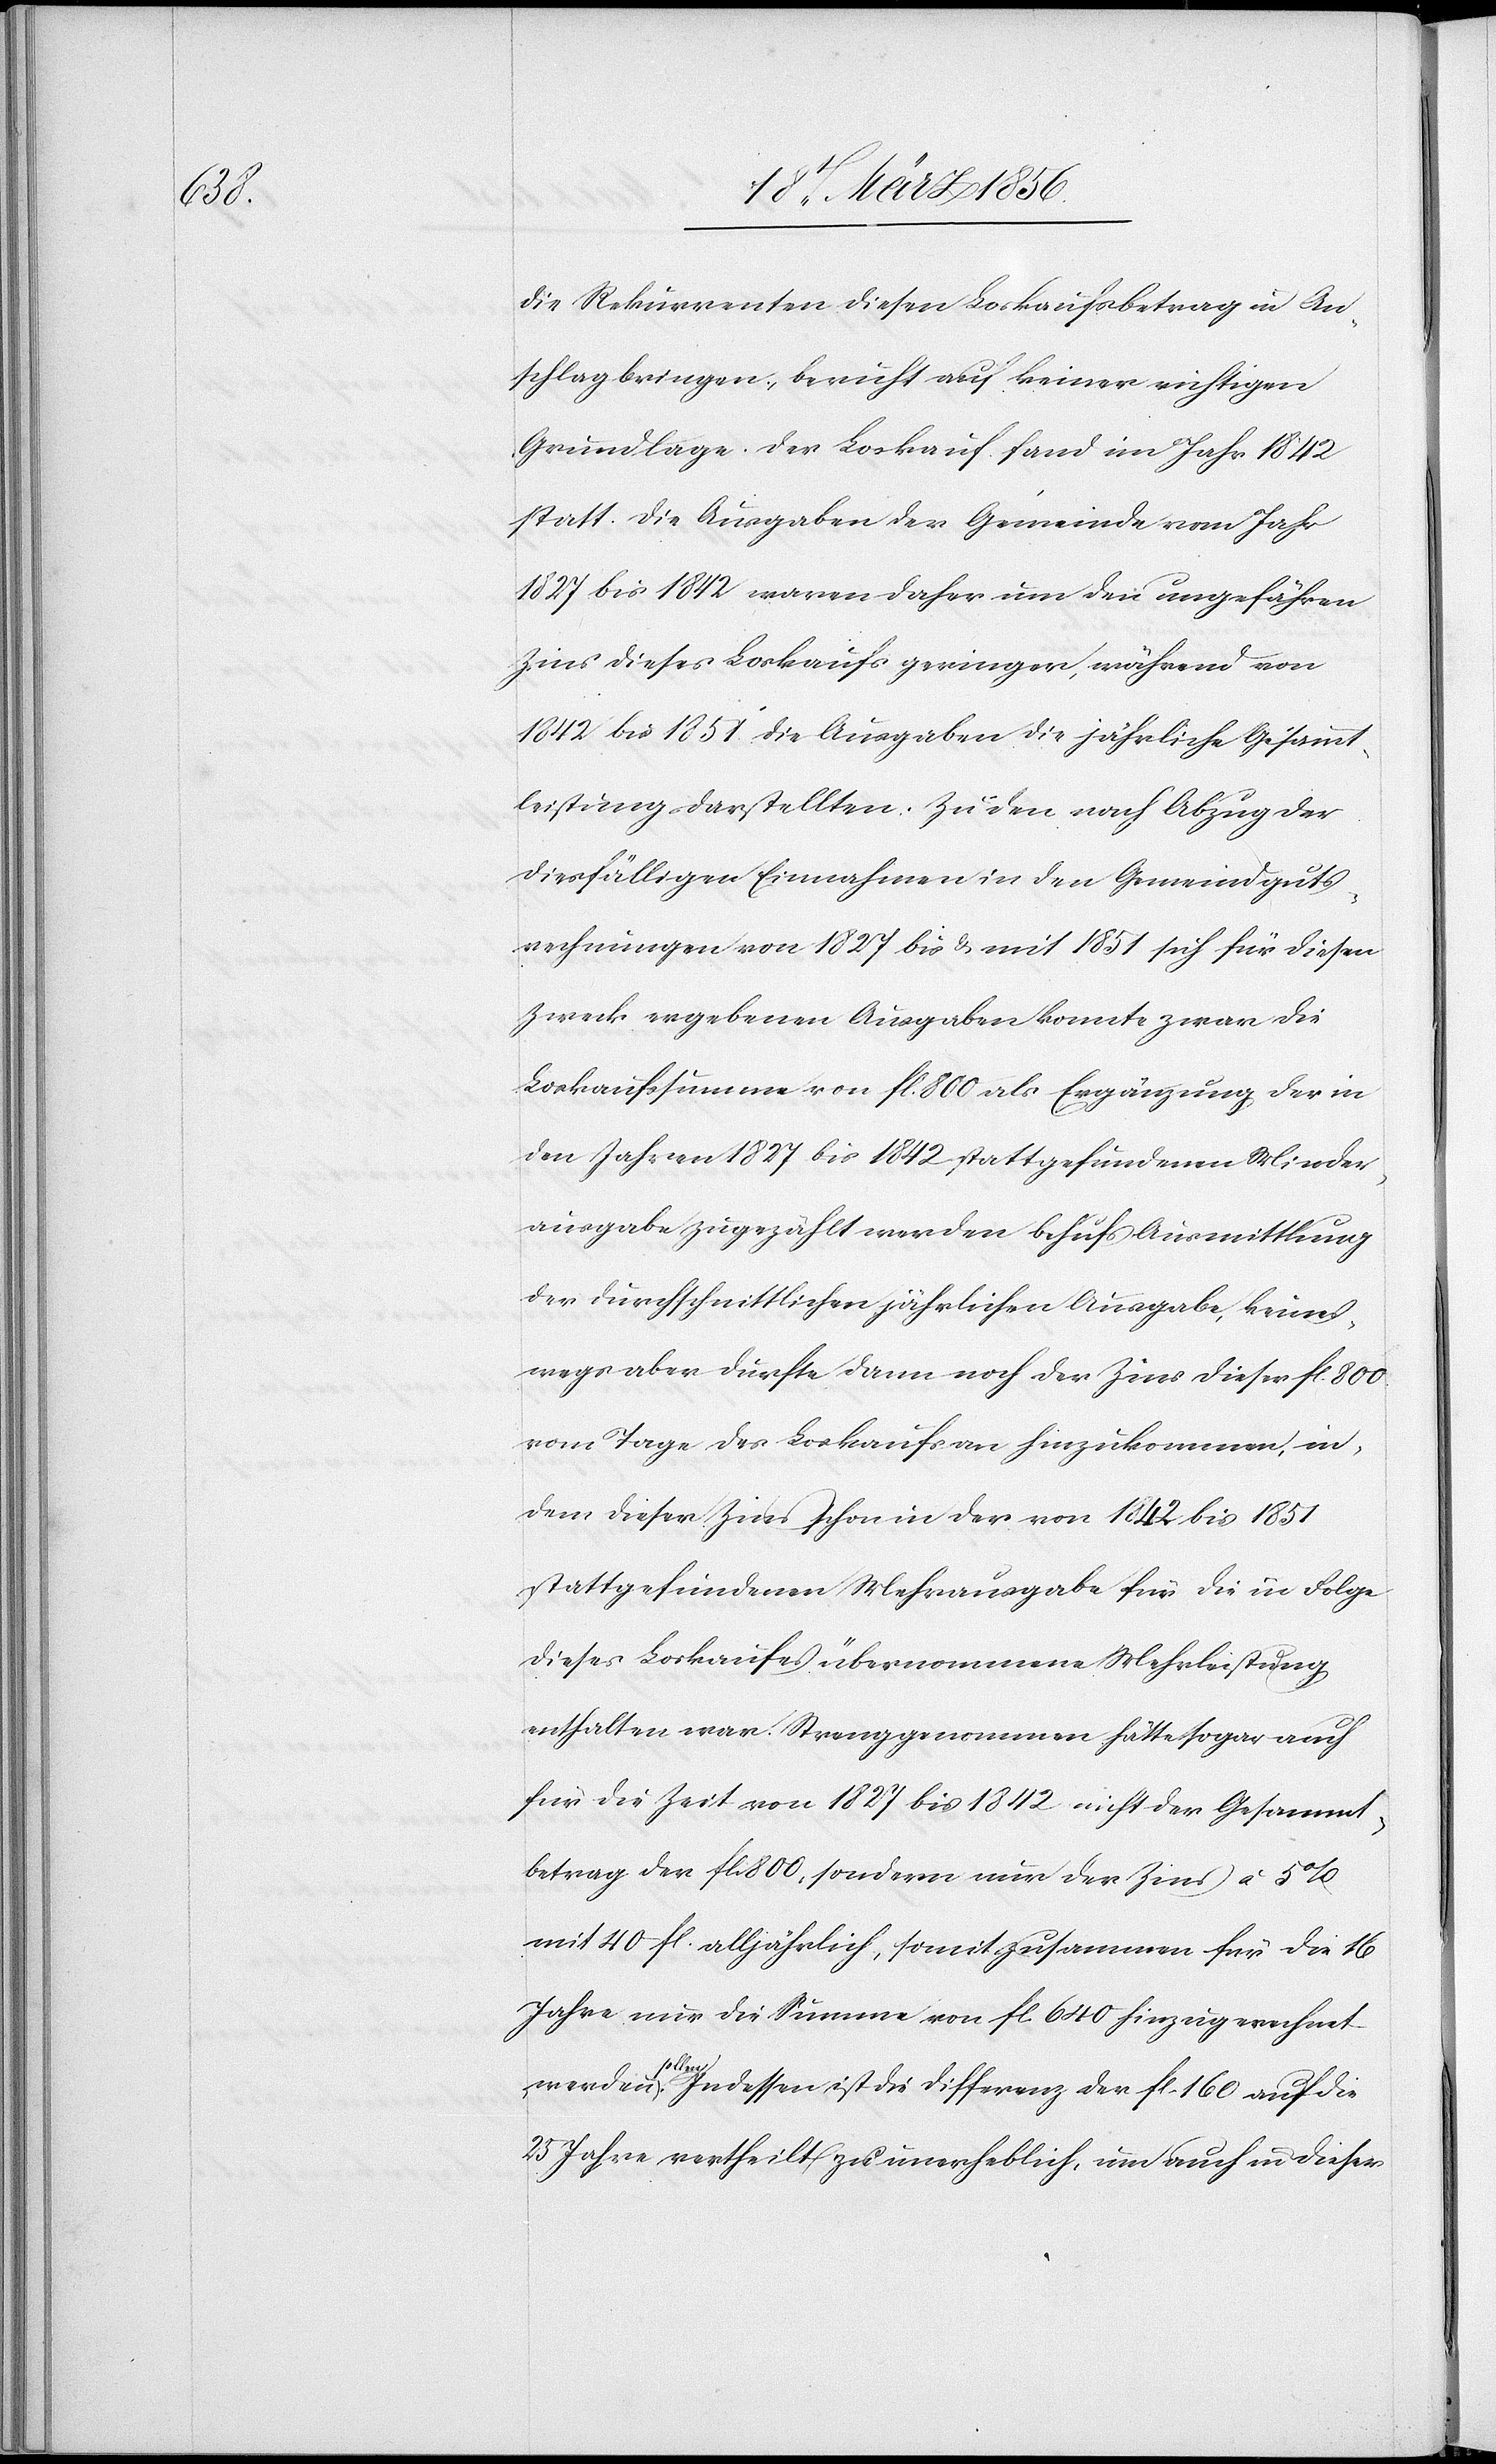
a-sol¬

die Rekurrenten diesen Loskaufsbetrag in An¬
schlag bringen, beruht auf keiner richtigen
Grundlage. Der Loskauf fand im Jahr 1842
statt. Die Ausgaben der Gemeinde vom Jahr
1827 bis 1842 waren daher um den ungefähren
Zins dieses Loskaufs geringer, während von
1842 bis 1851 die Ausgaben die jährliche Gesammt¬
leistung darstellten. Zu den nach Abzug der
diesfälligen Einnahmen in den Gemeindguts¬
rechnungen von 1827 bis & mit 1851 sich für diesen
Zweck ergebenen Ausgaben konnte zwar die
Loskaufssumme von fl. 800 als Ergänzung der in
den Jahren 1827 bis 1842 stattgefundenen Minder¬
ausgabe zugezählt werden behufs Ausmittlung
der durchschnittlichen jährlichen Ausgabe, keines¬
wegs aber durfte dann noch der Zins dieser fl. 800
vom Tage des Loskaufs an hinzukommen, in¬
dem dieser Zins schon in der von 1842 bis 1851
stattgefundenen Mehrausgabe für die in Folge
dieses Loskaufes übernommene Mehrleistung
enthalten war. Streng genommen hätte sogar auch
für die Zeit von 1827 bis 1842 nicht der Gesammt¬
betrag der fl. 800, sondern nur der Zins à 5%
mit 40 fl. alljährlich, somit zusammen für die 16
Jahre nur die Summe von fl. 640 hinzugerechnet
len-a. Indessen ist die Differenz der fl. 160 auf die
25 Jahre vertheilt zu unerheblich, um auch in dieser